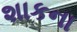
શાકના